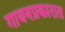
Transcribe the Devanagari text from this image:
गायनप्रकारात